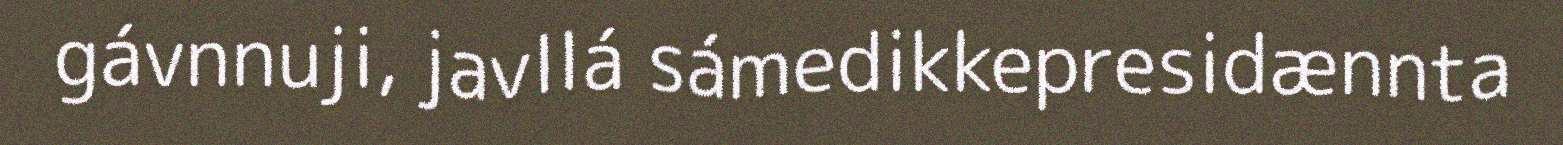
gávnnuji, javllá sámedikkepresidænnta